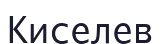
Киселев